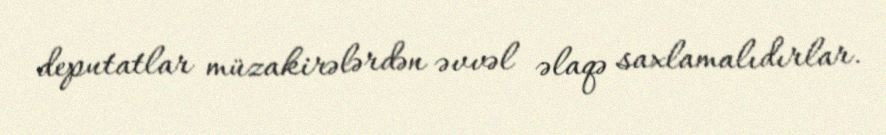
deputatlar müzakirələrdən əvvəl əlaqə saxlamalıdırlar.